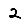
Digit: 2